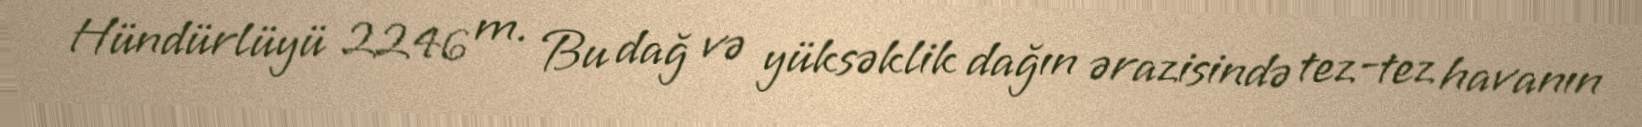
Hündürlüyü 2246 m. Bu dağ və yüksəklik dağın ərazisində tez-tez havanın